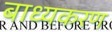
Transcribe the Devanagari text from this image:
बाध्यकरण